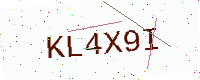
Text: KL4X9I